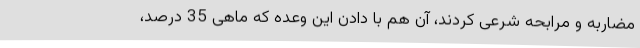
مضاربه و مرابحه شرعی کردند، آن هم با دادن این وعده که ماهی 35 درصد،